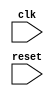
module APB_Controller(
    input wire clk,
    input wire reset,
    // add input and output ports for data transfer and control signals

    // define modules for clock generation, data transfer control, timing management, arbitration, and prioritization

    // implement the functionality for generating clock signals
    
    // implement the functionality for controlling data transfer between bus and components

    // implement the functionality for managing timing of read and write operations

    // implement mechanisms for arbitration and prioritization of bus requests

    // ensure reliable and timely communication between components on APB bus
);
    // code for clock generation module

    // code for data transfer control module

    // code for timing management module

    // code for arbitration and prioritization module

    // code for ensuring reliable and timely communication

endmodule